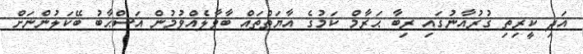
އަދި ކީރިތި ޤުރުއާނުގައި ރިބާ ޙަރާމް ކަމުގެ އާޔަތްތައް ބާވާލެއްވުމުން އަސްޙާބު ބޭކަލުންނަށް